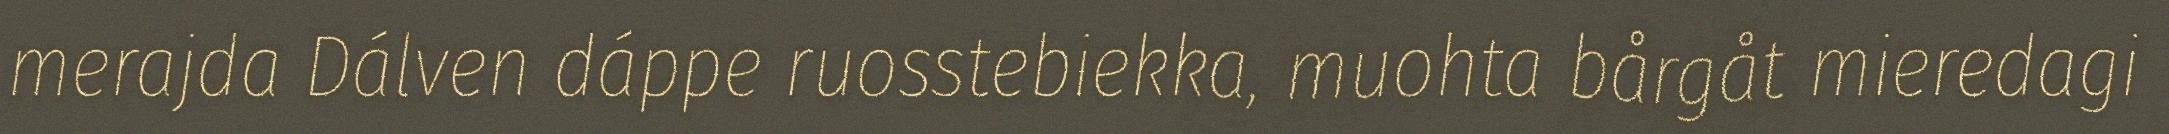
merajda Dálven dáppe ruosstebiekka, muohta bårgåt mieredagi